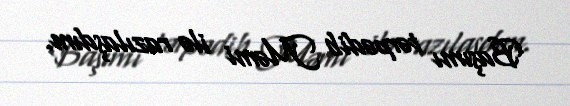
Başımı tərpədib Məmi ilə razılaşdım.